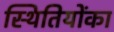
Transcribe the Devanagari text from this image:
स्थितियोंका